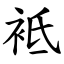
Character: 袛